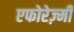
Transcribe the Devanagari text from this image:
एफोरेज़्मी